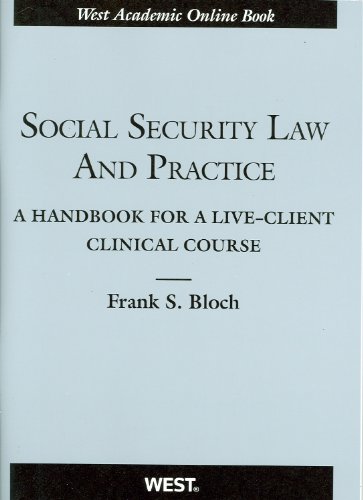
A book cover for Social Security Law and Practice: A Handbook for a Live-Client Clinical Course (American Casebook Series); Frank Bloch; Law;